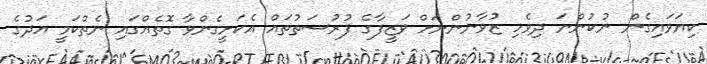
ކިޔަވައިގެން ނުކުންނަ ދިވެހި ޒުވާނުންނަށް ވަޒީފާގެ ފުރުސަތުތައް އެކަށީގެންވާ ގޮތެއްގައި ނެތްކަމީ އަދުގެ